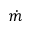
\dot { m }